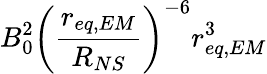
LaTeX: B_{0}^{2}\left(\frac{r_{eq,EM}}{R_{NS}}\right)^{-6}r_{eq,EM}^{3}